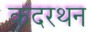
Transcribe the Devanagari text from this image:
कदरथन